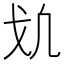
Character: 𢦕